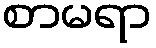
စာမရာ